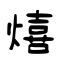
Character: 熺